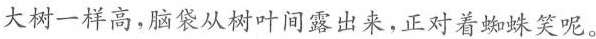
大树一样高，脑袋从树叶间露出来，正对着蜘蛛笑呢。